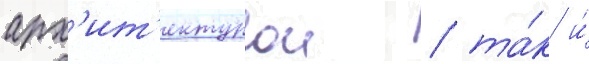
арх'ит'ектурои / та́к и́